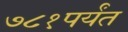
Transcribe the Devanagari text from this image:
७८१पर्यंत